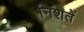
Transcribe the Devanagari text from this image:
निशतें